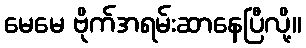
မေမေ ဗိုက်အရမ်းဆာနေပြီလို့။